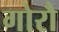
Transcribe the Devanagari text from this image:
गोरौ